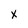
Character: X